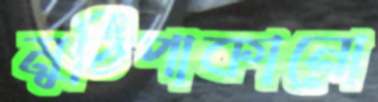
মুঠিপাকানো